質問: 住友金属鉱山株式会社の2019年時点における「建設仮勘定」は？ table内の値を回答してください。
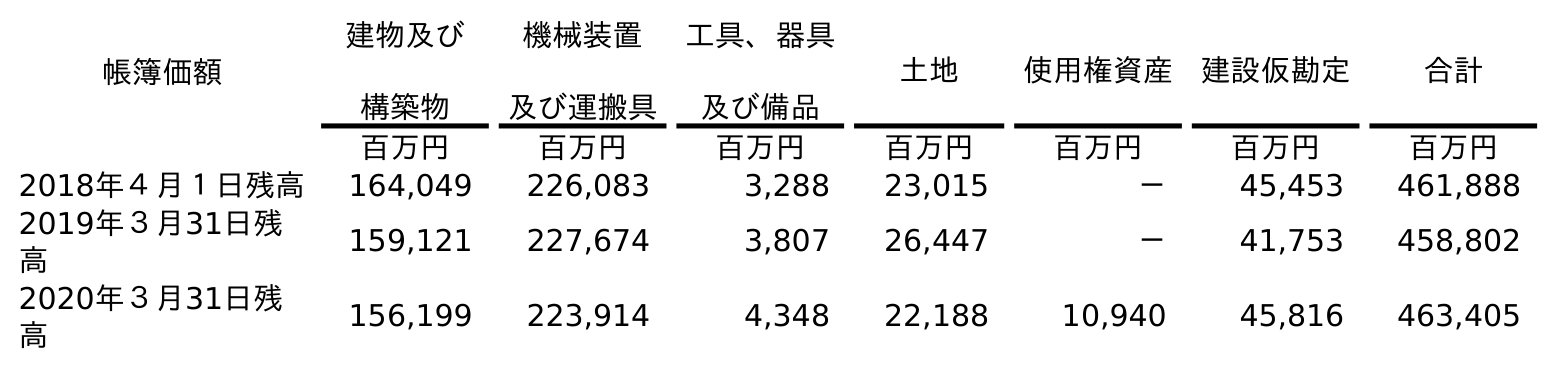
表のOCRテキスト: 帳簿価額 建物及び 構築物 機械装置 及び運搬具 工具、器具 及び備品 土地 使用権資産 建設仮勘定 合計 百万円 百万円 百万円 百万円 百万円 百万円 百万円 2018年４月１日残高 164,049 226,083 3,288 23,015 － 45,453 461,888 2019年３月31日残 高 159,121 227,674 3,807 26,447 － 41,753 458,802 2020年３月31日残 高 156,199 223,914 4,348 22,188 10,940 45,816 463,405
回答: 41,753